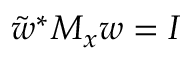
\tilde { w } ^ { * } M _ { x } w = I